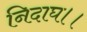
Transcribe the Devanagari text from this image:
निदाघ।।